Report of the Indian Hemp Drugs Commission, 1894-1895 - Volume III
Year: 1894
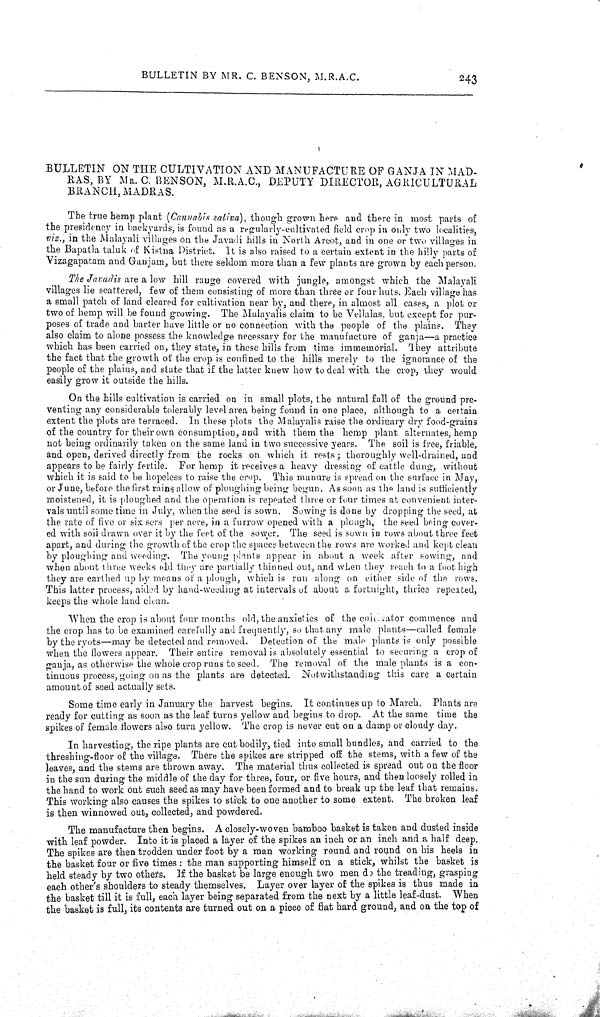
BULLETIN BY MR. C. BENSON, M.R.A.C.
243
BULLETIN ON THE CULTIVATION AND MANUFACTURE OF GANJA IN MAD-
RAS, BY MR. C. BENSON, M.R.A.C., DEPUTY DIRECTOR, AGRICULTURAL
BRANCH, MADRAS.
The true hemp plant (Cannabis saliva), though grown here and there in most parts of
the presidency in backyards, is found as a regularly-cultivated field crop in only two localities,
viz., in the Malayali villages on the Javadi hills in North Arcot, and in one or two villages in
the Bapatla taluk of Kistna District. It is also raised to a certain extent in the hilly parts of
Vizagapatam and Ganjam, but there seldom more than a few plants are grown by each person.
The Javadis are a low hill rauge covered with jungle, amongst which the Malayali
villages lie scattered, few of them consisting of more than three or four huts. Each village has
a small patch of land cleared for cultivation near by, and there, in almost all cases, a plot or
two of hemp will be found growing. The Malayalis claim to be Vellalas, but except for pur-
poses of trade and barter have little or no connection with the people of the plains. They
also claim to alone possess the knowledge necessary for the manufacture of ganja—a practice
which has been carried on, they state, in these hills from time immemorial. They attribute
the fact that the growth of the crop is confined to the hills merely to the ignorance of the
people of the plains, and state that if the latter knew how to deal with the crop, they would
easily grow it outside the hills.
On the hills cultivation is carried on in small plots, the natural fall of the ground pre-
venting any considerable tolerably level area being found in one place, although to a certain
extent the plots are terraced. In these plots the Malayalis raise the ordinary dry food-grains
of the country for their own consumption, and with them the hemp plant alternates, hemp
not being ordinarily taken on the same land in two successive years. The soil is free, friable,
and open, derived directly from the rocks on which it rests; thoroughly well-drained, and
appears to be fairly fertile. For hemp it receives a heavy dressing of cattle dung, without
which it is said to be hopeless to raise the crop. This manure is spread on the surface in May,
or June, before the first rains allow of ploughing being begun. As soon as the land is sufficiently
moistened, it is ploughed and the operation is repeated three or four times at convenient inter-
vals until some time in July, when the seed is sown. Sowing is done by dropping the seed, at
the rate of five or six sers per acre, in a furrow opened with a plough, the seed being cover-
ed with soil drawn over it by the feet of the sower. The seed is sown in rows about three feet
apart, and during the growth of the crop the spaces between the rows are worked and kept clean
by ploughing and weeding. The young plants appear in about a week after sowing, and
when about three weeks old they are partially thinned out, and when they reach to a foot high
they are earthed up by means of a plough, which is run along on either side of the rows.
This latter process, aided by hand-weeding at intervals of about a fortnight, thrice repeated,
keeps the whole land clean.
When the crop is about four months old, the anxieties of the cultivator commence and
the crop has to be examined carefully and frequently, so that any male plants—called female
by the ryots—may be detected and removed. Detection of the male plants is only possible
when the flowers appear. Their entire removal is absolutely essential to securing a crop of
ganja, as otherwise the whole crop runs to seed. The removal of the male plants is a con-
tinuous process, going on as the plants are detected. Notwithstanding this care a certain
amount of seed actually sets.
Some time early in January the harvest begins. It continues up to March. Plants are
ready for cutting as soon as the leaf turns yellow and begins to drop. At the same time the
spikes of female flowers also turn yellow. The crop is never cut on a damp or cloudy day.
In harvesting, the ripe plants are cut bodily, tied into small bundles, and carried to the
threshing-floor of the village. There the spikes are stripped off the stems, with a few of the
leaves, and the stems are thrown away. The material thus collected is spread out on the floor
in the sun during the middle of the day for three, four, or five hours, and then loosely rolled in
the hand to work out such seed as may have been formed and to break up the leaf that remains.
This working also causes the spikes to stick to one another to some extent. The broken leaf
is then winnowed out, collected, and powdered.
The manufacture then begins. A closely-woven bamboo basket is taken and dusted inside
with leaf powder. Into it is placed a layer of the spikes an inch or an inch and a half deep.
The spikes are then trodden under foot by a man working round and round on his heels in
the basket four or five times: the man supporting himself on a stick, whilst the basket is
held steady by two others. If the basket be large enough two men do the treading, grasping
each other's shoulders to steady themselves. Layer over layer of the spikes is thus made in
the basket till it is full, each layer being separated from the next by a little leaf-dust. When
the basket is full, its contents are turned out on a piece of flat hard ground, and on the top of